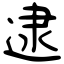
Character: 逮